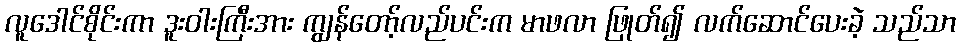
လူဒေါင်စိုင်းကာ ဒူးဝါးကြီးအား ကျွန်တော့်လည်ပင်းက မာဖလာ ဖြုတ်၍ လက်ဆောင်ပေးခဲ့ သည်သာ